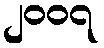
၂၀၀၇